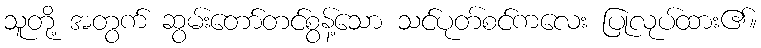
သူတို့ အတွက် ဆွမ်းတော်တင်စွန့်သော သင်ပုတ်စင်ကလေး ပြုလုပ်ထား၏။